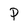
Character: P